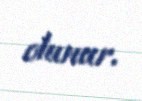
olunur.